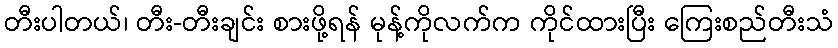
တီးပါတယ်၊ တီး-တီးချင်း စားဖို့ရန် မုန့်ကိုလက်က ကိုင်ထားပြီး ကြေးစည်တီးသံ